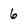
Character: 6